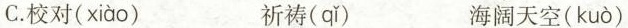
C.校对( xiào ) 祈祷( qǐ ) 海阔天空( kuò )